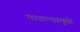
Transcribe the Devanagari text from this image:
पाडल्यामुळे